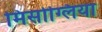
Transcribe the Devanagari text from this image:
मिसोग्लिया